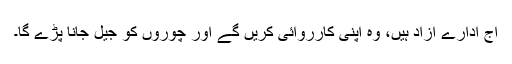
آج ادارے آزاد ہیں، وہ اپنی کارروائی کریں گے اور چوروں کو جیل جانا پڑے گا۔